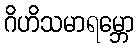
ဂိဟိသမာရမ္ဘော